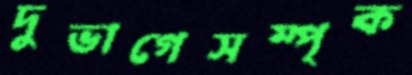
দুভাগেসম্পৃক